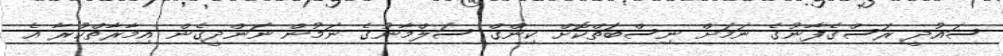
ސައުދީ ރަސްގެފާނުގެ ނަމަށް ނިސްބަތްކޮށް ކިންގް ސަލްމާނުގެ ނަމުން ނަންދީގެން އިމާރާތްކުރާ އެ